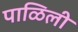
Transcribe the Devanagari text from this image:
पाळिली